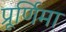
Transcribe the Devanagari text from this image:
प्रूर्णिमा